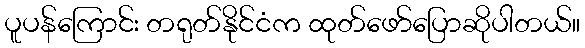
ပူပန်ကြောင်း တရုတ်နိုင်ငံက ထုတ်ဖော်ပြောဆိုပါတယ်။